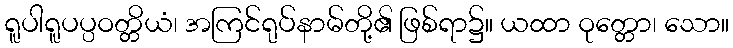
ရူပါရူပပ္ပဝတ္တိယံ၊ အကြင်ရုပ်နာမ်တို့၏ ဖြစ်ရာ၌။ ယထာ ဝုတ္တော၊ သော။